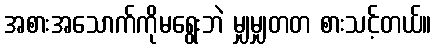
အစားအသောက်ကိုမရွေးဘဲ မျှမျှတတ စားသင့်တယ်။